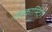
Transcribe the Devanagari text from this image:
वेबकास्टिंग